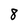
Character: 8